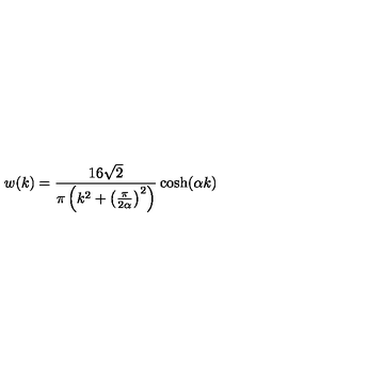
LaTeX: w ( k ) = \frac { 1 6 \sqrt { 2 } } { \pi \left( k ^ { 2 } + \left( \frac { \pi } { 2 \alpha } \right) ^ { 2 } \right) } \cosh ( \alpha k )